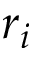
r _ { i }